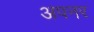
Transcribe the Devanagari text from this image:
अपनर